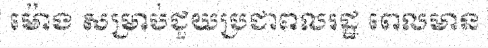
ម៉ោង សម្រាប់ជួយប្រជាពលរដ្ឋ ពេលមាន